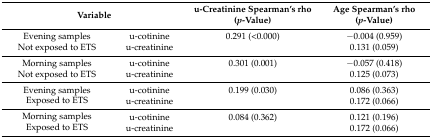
| <COLSPAN=2> Variable | u-Creatinine Spearman’s rho (p-Value) | Age Spearman’s rho (p-Value) |
 | --- | --- | --- | --- |
 | <ROWSPAN=2> Evening samplesNot exposed to ETS | u-cotinine | 0.291 (<0.000) | −0.004 (0.959) |
 | u-creatinine |  | 0.131 (0.059) |
 | <ROWSPAN=2> Morning samplesNot exposed to ETS | u-cotinine | 0.301 (0.001) | −0.057 (0.418) |
 | u-creatinine |  | 0.125 (0.073) |
 | <ROWSPAN=2> Evening samplesExposed to ETS | u-cotinine | 0.199 (0.030) | 0.086 (0.363) |
 | u-creatinine |  | 0.172 (0.066) |
 | <ROWSPAN=2> Morning samplesExposed to ETS | u-cotinine | 0.084 (0.362) | 0.121 (0.196) |
 | u-creatinine |  | 0.172 (0.066) |